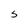
Character: S